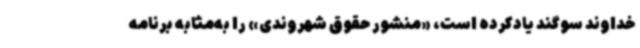
خداوند سوگند یادکرده است، «منشور حقوق شهروندی» را به‌مثابه برنامه